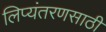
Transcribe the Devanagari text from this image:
लिप्यंतरणसाठी